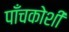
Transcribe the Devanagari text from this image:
पाँचकोशी